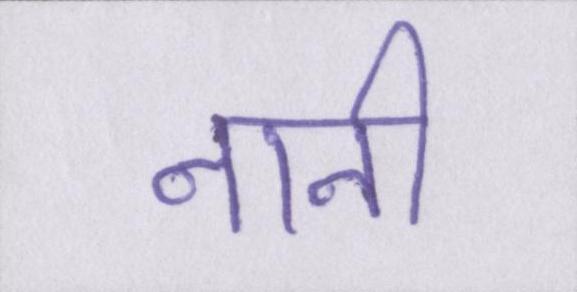
नानी